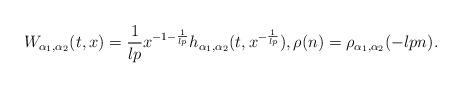
LaTeX: \begin{align*} W_{\alpha_{1}, \alpha_{2}}(t, x) = \frac{1}{lp} x^{-1-\frac{1}{lp}} h_{\alpha_{1}, \alpha_{2}}(t, x^{-\frac{1}{lp}}), \rho(n) = \rho_{\alpha_{1}, \alpha_{2}}(-lp n).\end{align*}